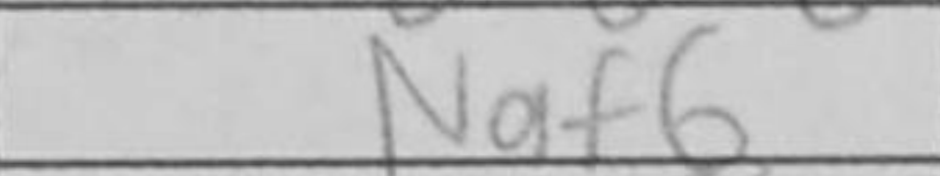
Transcription: Naf6